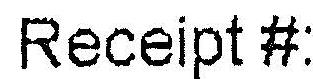
RECEIPT #: